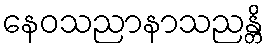
နေဝသညာနာသညန္တိ